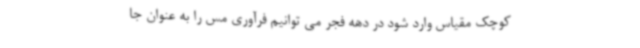
کوچک مقیاس وارد شود در دهه فجر می توانیم فرآوری مس را به عنوان جا